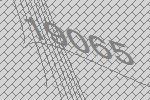
19065